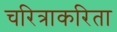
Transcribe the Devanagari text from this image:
चरित्राकरिता